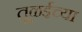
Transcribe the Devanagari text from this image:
तूळईच्या